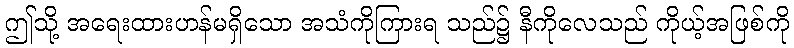
ဤသို့ အရေးထားဟန်မရှိသော အသံကိုကြားရ သည်၌ နီကိုလေသည် ကိုယ့်အဖြစ်ကို